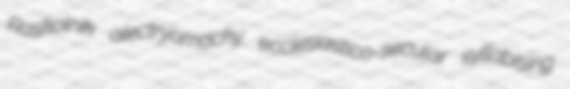
Raskolnik alectryomachy ecclesiastico-secular syllabising